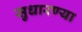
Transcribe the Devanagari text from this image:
सुधारण्या